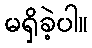
မရှိခဲ့ပါ။